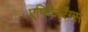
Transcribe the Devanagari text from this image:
एपिफैरिंग्स